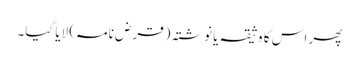
پھر اس کا وثیقہ یا نوشتہ (قرض نامہ) لایا گیا۔